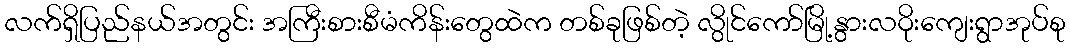
လက်ရှိပြည်နယ်အတွင်း အကြီးစားစီမံကိန်းတွေထဲက တစ်ခုဖြစ်တဲ့ လွိုင်ကော်မြို့နွားလဝိုးကျေးရွာအုပ်စု